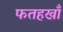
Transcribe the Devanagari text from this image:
फतहखाँ